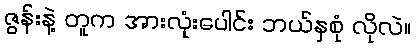
ဇွန်းနဲ့ တူက အားလုံးပေါင်း ဘယ်နှစုံ လိုလဲ။